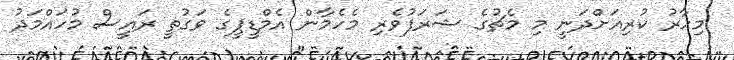
މިހާރު ކުރިއަށްދަނީ މި މެޗުގެ ޝަރަފުވެރި މެހެމާން އެމްޑީޕީގެ ވަގުތީ ރައީސް މުހައްމަދު